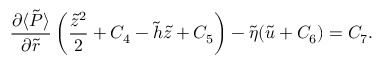
\frac { \partial \langle \tilde { P } \rangle } { \partial \tilde { r } } \left( \frac { \tilde { z } ^ { 2 } } { 2 } + C _ { 4 } - \tilde { h } \tilde { z } + C _ { 5 } \right) - \tilde { \eta } ( \tilde { u } + C _ { 6 } ) = C _ { 7 } .